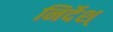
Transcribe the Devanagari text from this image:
निर्देश्